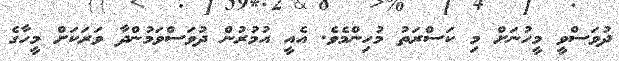
ދުވަސްވީ މީހުނަށް މި ކަސްރަތު މުހިންމެވެ. އެއީ އުމުރުން ދުވަސްވަމުންދާ ވަރަކަށް މީހާގެ